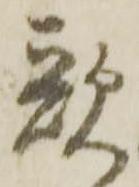
歌